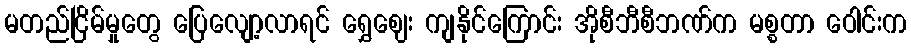
မတည်ငြိမ်မှုတွေ ပြေလျော့လာရင် ရွှေဈေး ကျနိုင်ကြောင်း အိုစီဘီစီဘဏ်က မစ္စတာ ဝေါင်းက